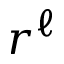
r ^ { \ell }